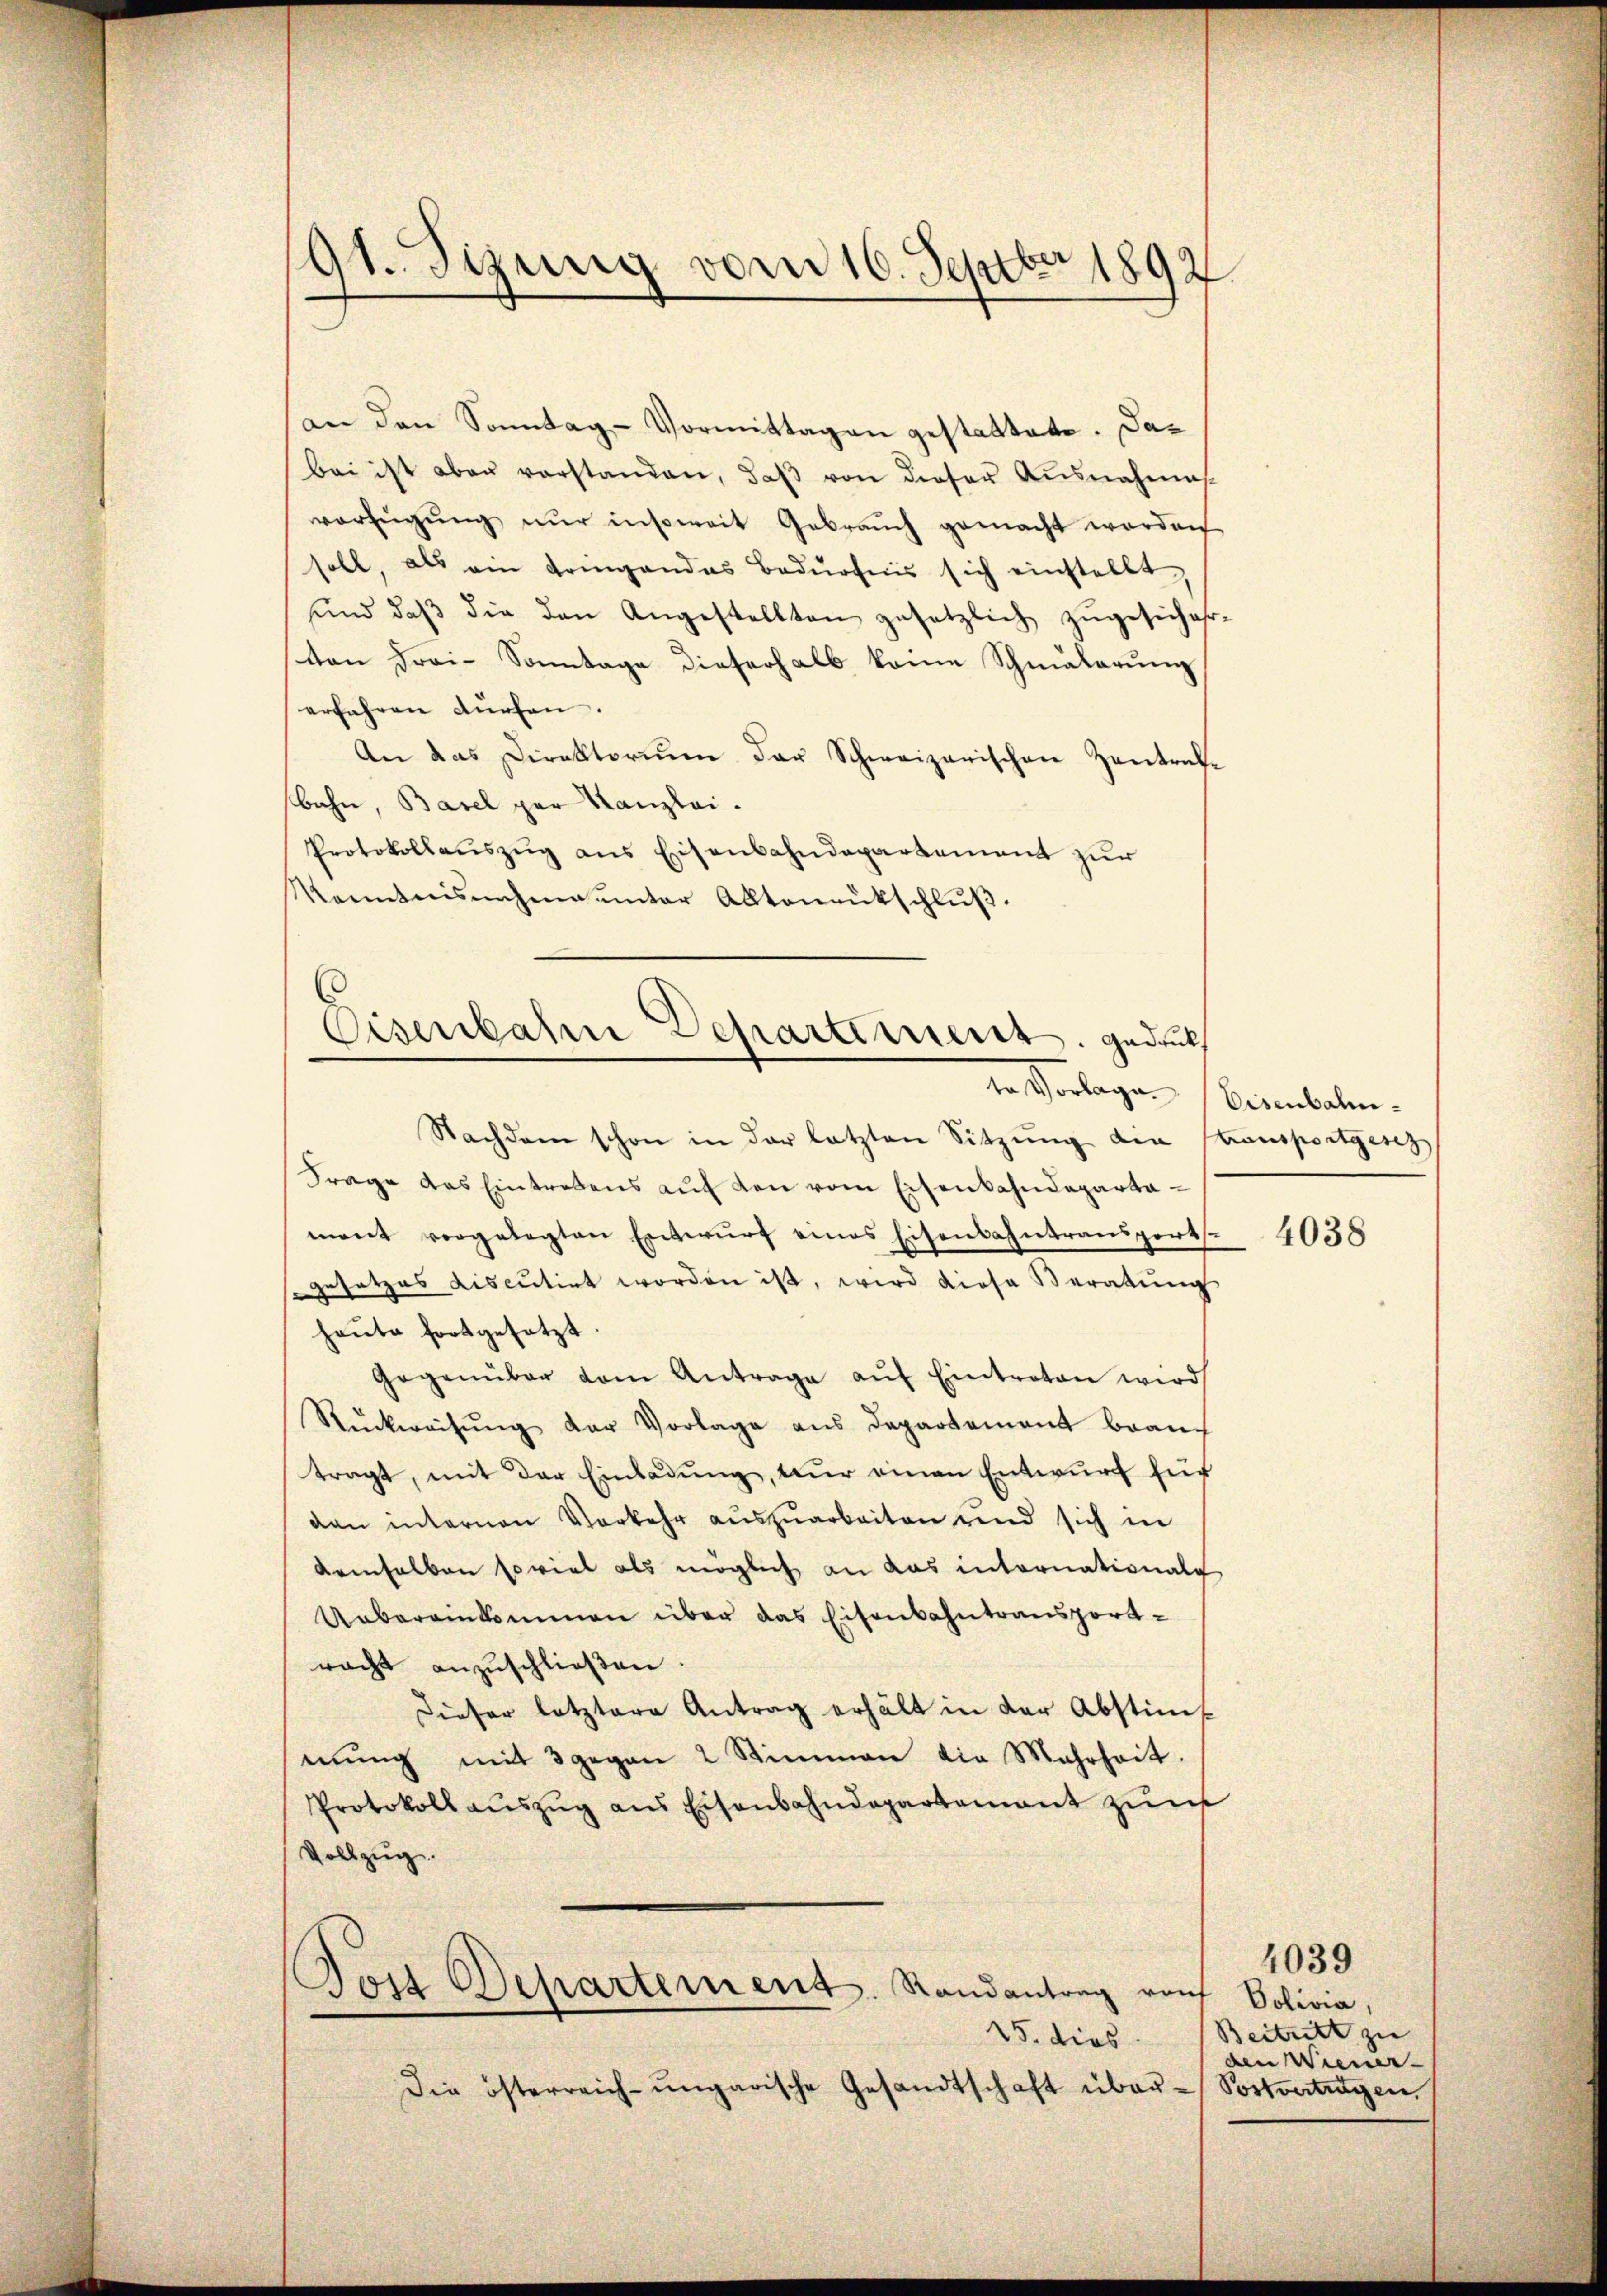
91. Sizung vom 16. Septbr 1892.

an den Sonntag-Vormittagen gestattete. Dabei ist aber vorstanden, daβ von dieser Ausnahmes.
verfügŭng nur insoweit Gebrauch gemacht worden
soll, als ein tringandas Bedürfnis sich einstellt,
und daβ die den Angestellten gesetzlich zugesicher-
ston Frai-Sonntage dieserhalb keine Schmalarŭng
erfahren dürfen.
An das Direktoriŭm der Schweizerischen Zentrate
bahn, Basel par Kanzlei.
Protokollauszug aus Eisenbahndepartement zur
kanntnisnahme unter Alltonrukschluß.
Nachdem schon in der letzten Sitzŭng die Stransportgesch
Frage des Eintretens auf den vom Eisenbahndepartemont vorgelegten Entwurf eines Eisenbahntransportsgesetzes discutirt worden ist, wird diese Beratŭng
heute fortgesetzt
Gegenüber dem Antrage aŭf Eintreten wird
Rückweisŭng der Vorlage ans Departement brauc
tragt, mit der Einladung, nur einen Entwurf für
dan internen Vorkehr aŭszŭarbeiten und sich in
demselben soviel als möglich an das intornationale
Uebereinkommen über das Eisenbahntransportracht anzuschließen.
Dieser letztere Antrag erhält in der Abstim
mŭng mit 3 gegen 2 Stimmen die Mehrheit.
Protokoll aŭszŭg ans Eisenbahndepartamant zum
Vollzug.
Jost Departement. Randantrag raŭf Solivia,
15. dies
Die österreich-ungarische Gesandtschaft über¬

Eisenbahn Departement gedach

te Vorlage (Eisenbahn¬

4038

Beitritt zu |
den Wiener.
Postvertragen,

4039